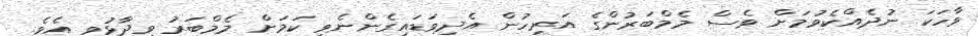
ވާހަކަ ނުދެއްކެވުމަށް ވެސް މެމްބަރުންގެ އަރިހުން އެދިވަޑައިގެންނެވި ކަމަށް މެމްބަރު ވިދާޅުވި އެވެ.